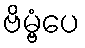
ဗိမ္ဗံပေ